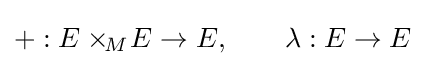
+:E\times _{\!M}\!E\to E,\qquad \lambda :E\to E